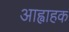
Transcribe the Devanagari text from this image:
आह्वाहक